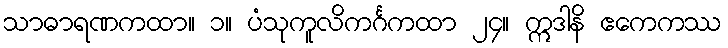
သာဓာရဏကထာ။ ၁။ ပံသုကူလိကင်္ဂကထာ ၂၄။ ဣဒါနိ ဧကေကဿ